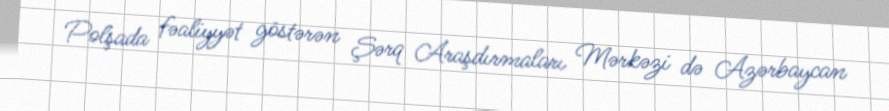
Polşada fəaliyyət göstərən Şərq Araşdırmaları Mərkəzi də Azərbaycan